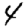
Digit: 4